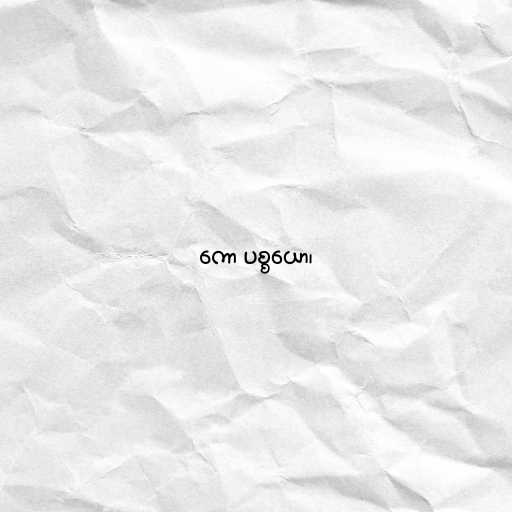
ကော ပစ္စယော၊